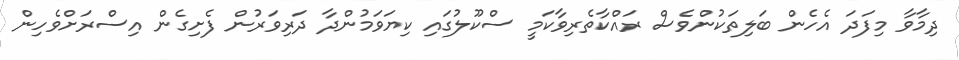
ދިމާވާ މިފަދަ އެހެން ބަލިތަކުންވެސް ރައްކާތެރިވާކަމީ ސްކޫލުގައި ކިޔަވަމުންދާ ދަރިވަރުން ފެށިގެން އިސްރަށްވެހިން